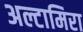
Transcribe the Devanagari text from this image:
अल्टामिरा